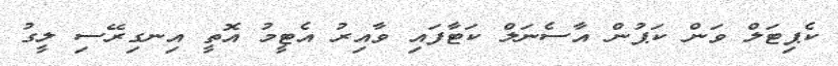
ކެޕިޓަލް ވަން ކަޕުން އާސެނަލް ކަޓާފައި ވާއިރު އެޓީމު އޮތީ އިނގިރޭސި ލީގު